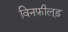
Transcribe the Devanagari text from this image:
विनफ़ील्‌ड